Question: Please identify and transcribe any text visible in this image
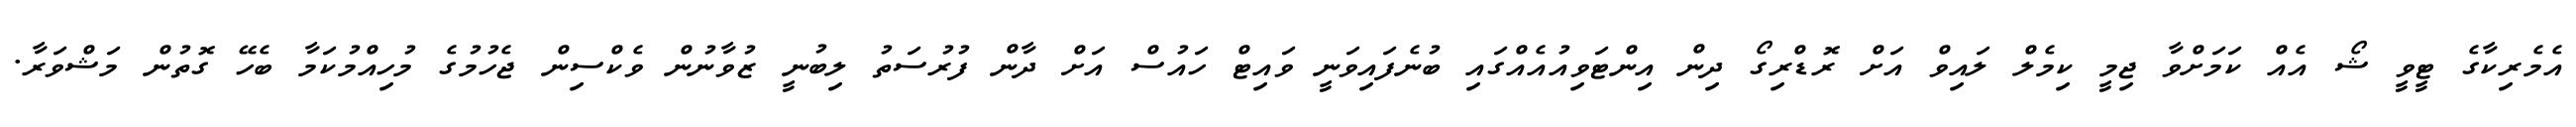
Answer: އެމެރިކާގެ ޓީވީ ޝޯ އެއް ކަމަށްވާ ޖިމީ ކިމެލް ލައިވް އަށް ރޮޑްރިގޯ ދިން އިންޓަވިއުއެއްގައި ބުނެފައިވަނީ ވައިޓް ހައުސް އަށް ދާން ފުރުސަތު ލިބުނީ ޒުވާނުން ވެކްސިން ޖެހުމުގެ މުހިއްމުކަމާ ބެހޭ ގޮތުން މަޝްވަރާ.